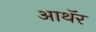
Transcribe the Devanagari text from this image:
आथॅर